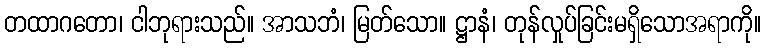
တထာဂတော၊ ငါဘုရားသည်။ အာသဘံ၊ မြတ်သော။ ဋ္ဌာနံ၊ တုန်လှုပ်ခြင်းမရှိသောအရာကို။